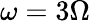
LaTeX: \omega=3\Omega